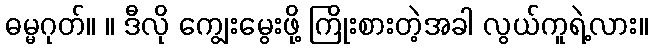
ဓမ္မဂုတ်။ ။ ဒီလို ကျွေးမွေးဖို့ ကြိုးစားတဲ့အခါ လွယ်ကူရဲ့လား။